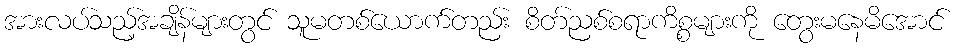
အားလပ်သည့်အချိန်များတွင် သူမတစ်ယောက်တည်း စိတ်ညစ်စရာကိစ္စများကို တွေးမနေမိအောင်